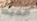
الخيط